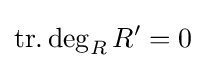
\operatorname {tr.deg} _{R}R'=0